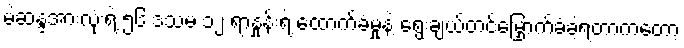
မဲဆန္ဒအားလုံးရဲ့ ၅၆ ဒသမ ၁၂ ရာနှုန်းရဲ့ ထောက်ခံမှုနဲ့ ရွေးချယ်တင်မြှောက်ခံခဲ့ရတာကတော့